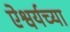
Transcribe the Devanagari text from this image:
ऐश्वर्यच्या